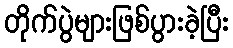
တိုက်ပွဲများဖြစ်ပွားခဲ့ပြီး